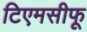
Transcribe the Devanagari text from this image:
टिएमसीफू